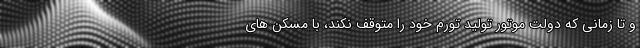
و تا زمانی که دولت موتور تولید تورم خود را متوقف نکند، با مُسکَن های